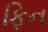
ફિન